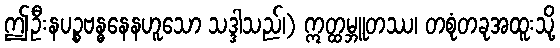
ဤဦးနပဉ္စဗန္ဓနေနဟူသော သဒ္ဒါသည်၊) ဣတ္ထမ္ဘူတဿ၊ တစုံတခုအထူးသို့